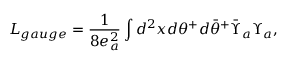
L _ { g a u g e } = \frac { 1 } { 8 e _ { a } ^ { 2 } } \int d ^ { 2 } x d \theta ^ { + } d { \bar { \theta } } ^ { + } { \bar { \Upsilon } } _ { a } \Upsilon _ { a } ,